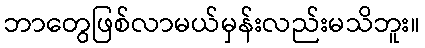
ဘာတွေဖြစ်လာမယ်မှန်းလည်းမသိဘူး။